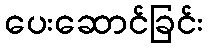
ပေးဆောင်ခြင်း